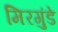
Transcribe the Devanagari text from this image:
मिरगुंडे